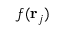
f ( \mathbf r _ { j } )